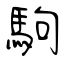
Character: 駒